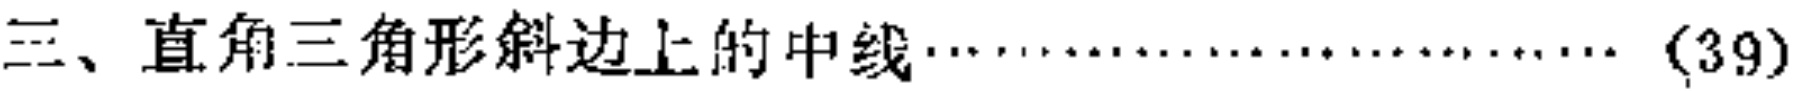
三、直角三角形斜边上的中线…………………(39)